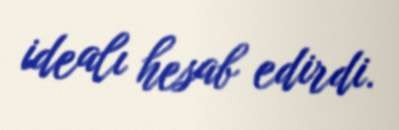
idealı hesab edirdi.